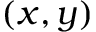
( x , y )